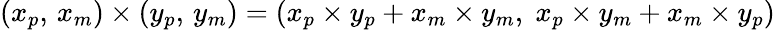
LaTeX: (x_{p},\, x_{m})\times(y_{p},\, y_{m})=(x_{p}\times y_{p}+x_{m}\times y_{m},\; x_{p}\times y_{m}+x_{m}\times y_{p})